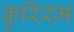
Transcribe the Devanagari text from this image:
कुरिरम